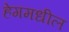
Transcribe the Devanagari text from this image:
हेगमधील